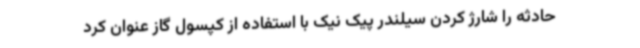
حادثه را شارژ کردن سیلندر پیک نیک با استفاده از کپسول گاز عنوان کرد